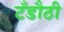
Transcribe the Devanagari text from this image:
टँडौठी